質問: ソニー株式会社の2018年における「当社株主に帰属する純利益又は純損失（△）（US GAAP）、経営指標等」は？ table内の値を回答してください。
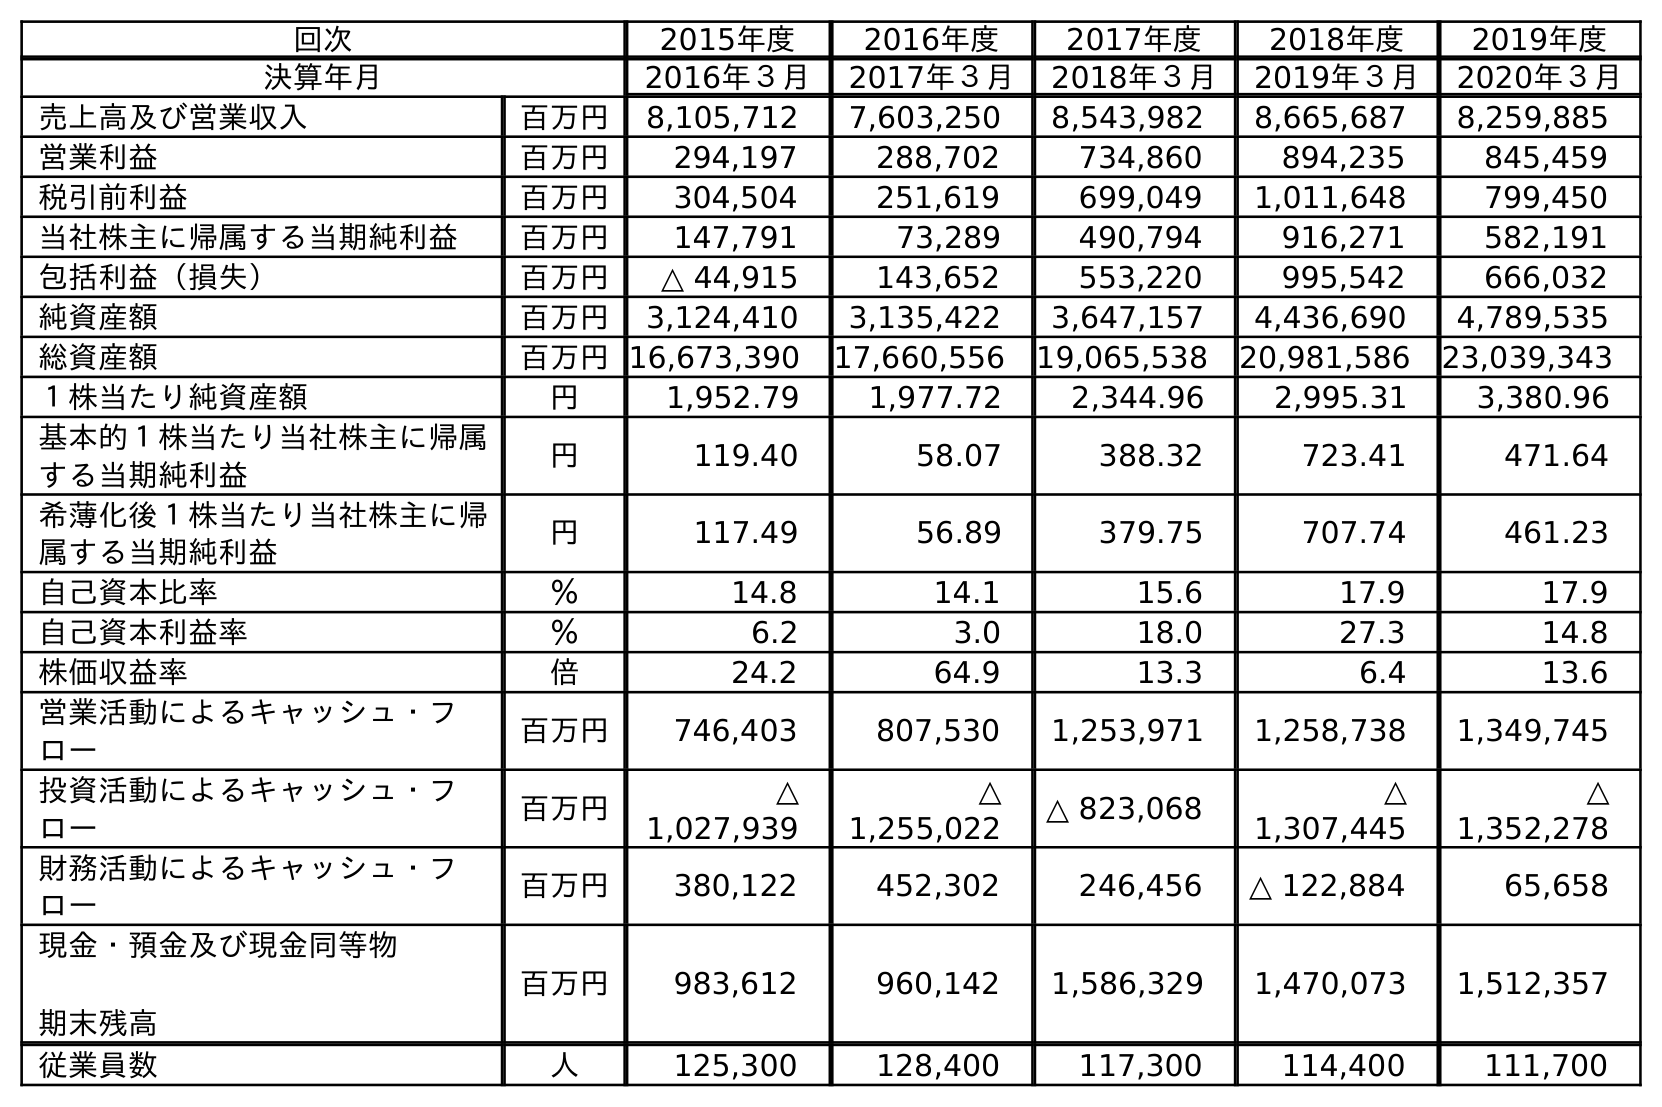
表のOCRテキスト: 回次 2015年度 2016年度 2017年度 2018年度 2019年度 決算年月 2016年３月 2017年３月 2018年３月 2019年３月 2020年３月 売上高及び営業収入 百万円 8,105,712 7,603,250 8,543,982 8,665,687 8,259,885 営業利益 百万円 294,197 288,702 734,860 894,235 845,459 税引前利益 百万円 304,504 251,619 699,049 1,011,648 799,450 当社株主に帰属する当期純利益 百万円 147,791 73,289 490,794 916,271 582,191 包括利益（損失） 百万円 △ 44,915 143,652 553,220 995,542 666,032 純資産額 百万円 3,124,410 3,135,422 3,647,157 4,436,690 4,789,535 総資産額 百万円16,673,390 17,660,556 19,065,538 20,981,586 23,039,343 １株当たり純資産額 円 1,952.79 1,977.72 2,344.96 2,995.31 3,380.96 基本的１株当たり当社株主に帰属 する当期純利益 円 119.40 58.07 388.32 723.41 471.64 希薄化後１株当たり当社株主に帰 属する当期純利益 円 117.49 56.89 379.75 707.74 461.23 自己資本比率 ％ 14.8 14.1 15.6 17.9 17.9 自己資本利益率 ％ 6.2 3.0 18.0 27.3 14.8 株価収益率 倍 24.2 64.9 13.3 6.4 13.6 営業活動によるキャッシュ・フ ロー 百万円 746,403 807,530 1,253,971 1,258,738 1,349,745 投資活動によるキャッシュ・フ ロー 百万円 △ 1,027,939 △ 1,255,022 △ 823,068 △ 1,307,445 △ 1,352,278 財務活動によるキャッシュ・フ ロー 百万円 380,122 452,302 246,456 △ 122,884 65,658 現金・預金及び現金同等物 期末残高 百万円 983,612 960,142 1,586,329 1,470,073 1,512,357 従業員数 人 125,300 128,400 117,300 114,400 111,700
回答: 490,794